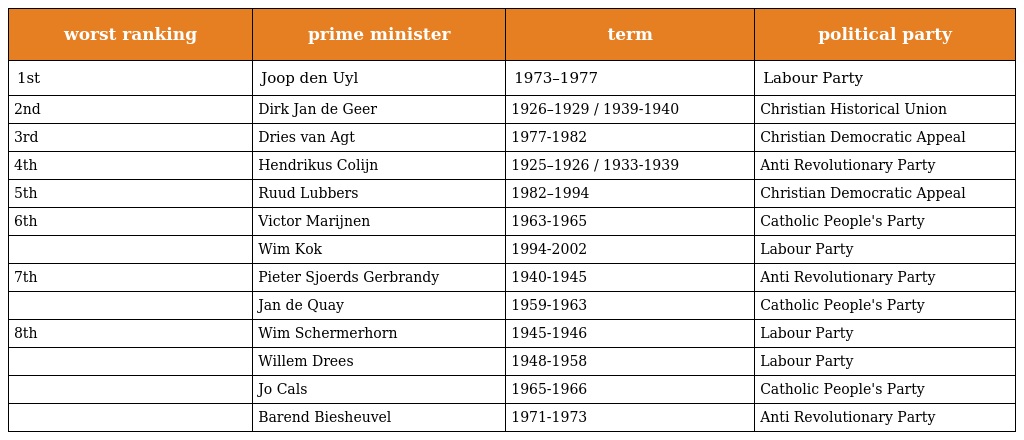
| worst ranking | prime minister | term | political party |
 | --- | --- | --- | --- |
 | 1st | Joop den Uyl | 1973–1977 | Labour Party |
 | 2nd | Dirk Jan de Geer | 1926–1929 / 1939-1940 | Christian Historical Union |
 | 3rd | Dries van Agt | 1977-1982 | Christian Democratic Appeal |
 | 4th | Hendrikus Colijn | 1925–1926 / 1933-1939 | Anti Revolutionary Party |
 | 5th | Ruud Lubbers | 1982–1994 | Christian Democratic Appeal |
 | 6th | Victor Marijnen | 1963-1965 | Catholic People's Party |
 |  | Wim Kok | 1994-2002 | Labour Party |
 | 7th | Pieter Sjoerds Gerbrandy | 1940-1945 | Anti Revolutionary Party |
 |  | Jan de Quay | 1959-1963 | Catholic People's Party |
 | 8th | Wim Schermerhorn | 1945-1946 | Labour Party |
 |  | Willem Drees | 1948-1958 | Labour Party |
 |  | Jo Cals | 1965-1966 | Catholic People's Party |
 |  | Barend Biesheuvel | 1971-1973 | Anti Revolutionary Party |